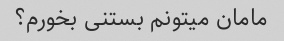
مامان میتونم بستنی بخورم؟